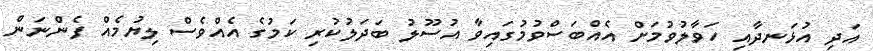
އަދި އުޅަނދާއި ހަވާލުވުމަށް އެއްބަސްވުމުގައިވާ އުސޫލު ބަދަލުކުރި ކަމުގެ އެއްވެސް ލިޔުމެއް ފެންނަން